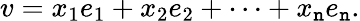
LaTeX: v=x_{1}e_{1}+x_{2}e_{2}+\dotsb+x_{\mathtt{n}}e_{\mathtt{n}}.